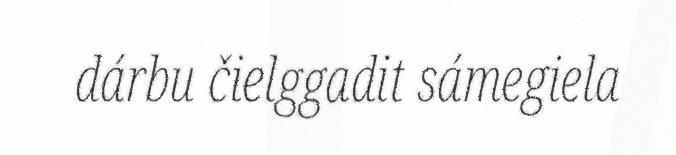
dárbu čielggadit sámegiela